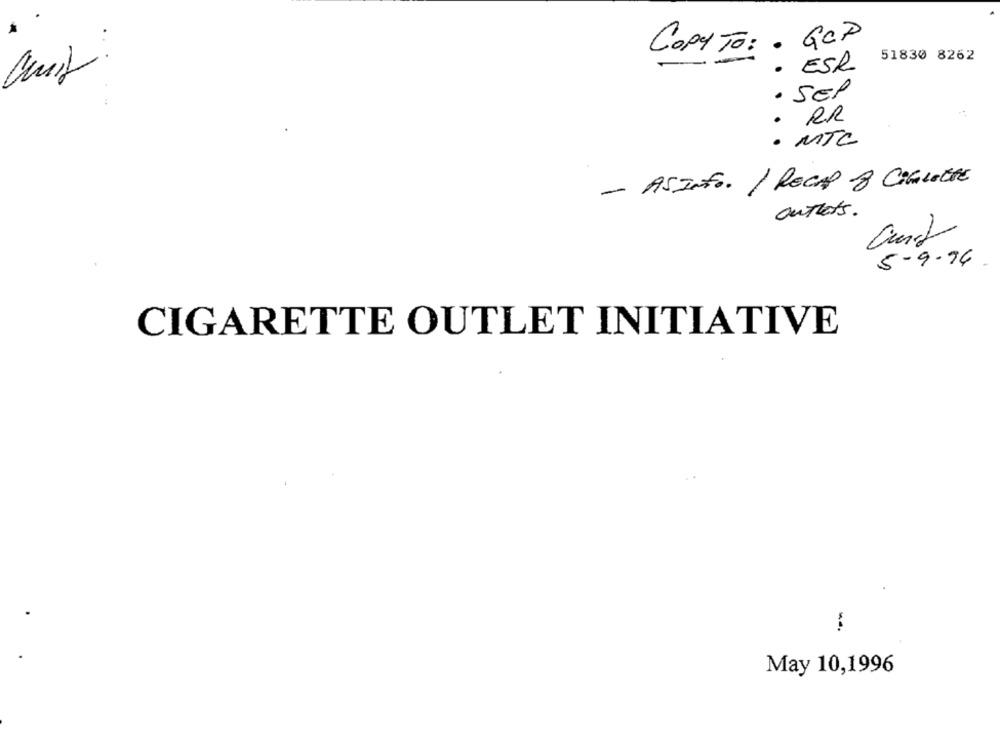
COPYTO: . GCP
51830 8262
· ESR
. SEP
· RR
· MTC
- ASINFO. / RECAP 8 COLLETTE
outlets.
5- 9-74
CIGARETTE OUTLET INITIATIVE
May 10,1996